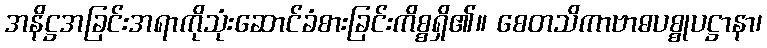
အနိဋ္ဌအခြင်းအရာကိုသုံးဆောင်ခံစားခြင်းကိစ္စရှိ၏။ စေတသိကာဗာဓပစ္စုပဋ္ဌာနာ၊